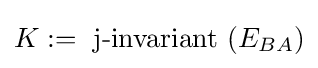
K:={\text{ j-invariant }}(E_{BA})